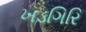
ખડગિરિ